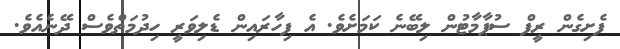
ފެށިގެން ރީފް ސުޕާމާޓުން ލިބޭނެ ކަމަށެވެ. އެ ފިހާރައިން ޑެލިވަރީ ހިދުމަތްވެސް ދޭނެއެވެ.